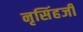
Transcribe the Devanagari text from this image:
नृसिंहजी